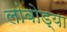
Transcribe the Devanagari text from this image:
लांबोड्या